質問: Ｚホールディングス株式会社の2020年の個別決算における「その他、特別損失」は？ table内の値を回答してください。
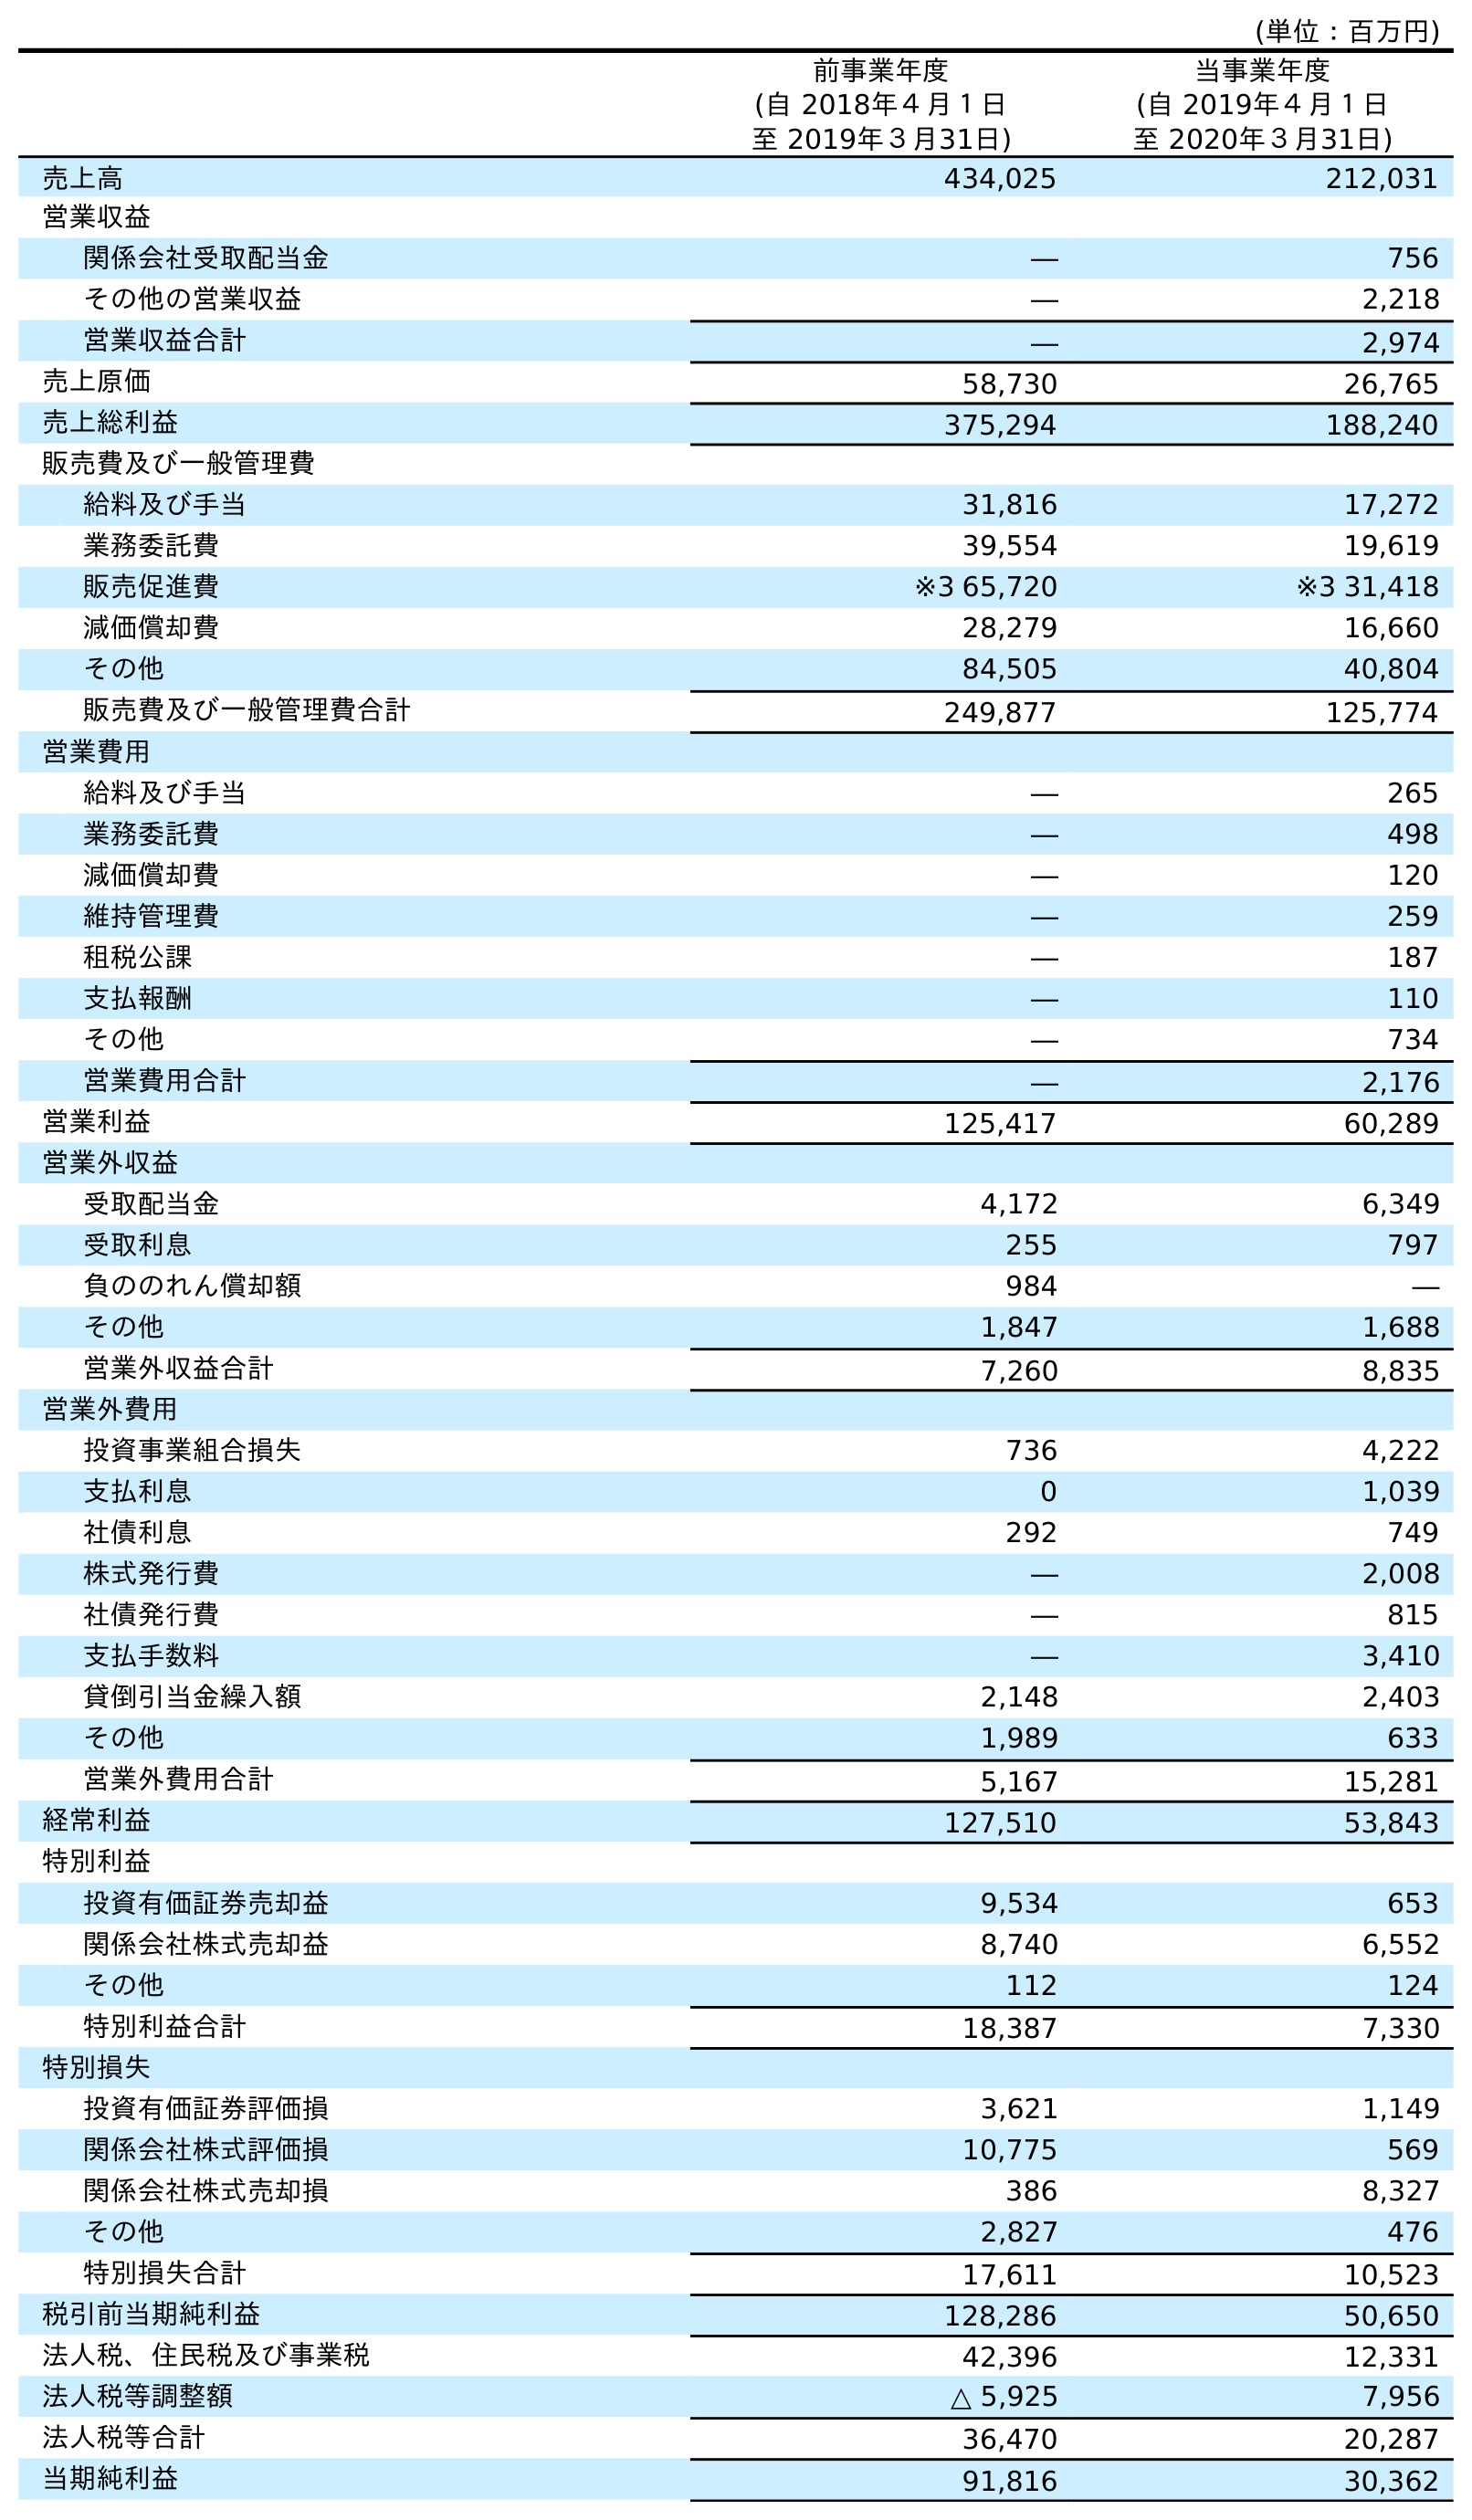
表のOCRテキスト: (単位：百万円) 前事業年度 (自 2018年４月１日 至 2019年３月31日) 当事業年度 (自 2019年４月１日 至 2020年３月31日) 売上高 434,025 212,031 営業収益 関係会社受取配当金 ― 756 その他の営業収益 ― 2,218 営業収益合計 ― 2,974 売上原価 58,730 26,765 売上総利益 375,294 188,240 販売費及び一般管理費 給料及び手当 31,816 17,272 業務委託費 39,554 19,619 販売促進費 ※3 65,720 ※3 31,418 減価償却費 28,279 16,660 その他 84,505 40,804 販売費及び一般管理費合計 249,877 125,774 営業費用 給料及び手当 ― 265 業務委託費 ― 498 減価償却費 ― 120 維持管理費 ― 259 租税公課 ― 187 支払報酬 ― 110 その他 ― 734 営業費用合計 ― 2,176 営業利益 125,417 60,289 営業外収益 受取配当金 4,172 6,349 受取利息 255 797 負ののれん償却額 984 ― その他 1,847 1,688 営業外収益合計 7,260 8,835 営業外費用 投資事業組合損失 736 4,222 支払利息 0 1,039 社債利息 292 749 株式発行費 ― 2,008 社債発行費 ― 815 支払手数料 ― 3,410 貸倒引当金繰入額 2,148 2,403 その他 1,989 633 営業外費用合計 5,167 15,281 経常利益 127,510 53,843 特別利益 投資有価証券売却益 9,534 653 関係会社株式売却益 8,740 6,552 その他 112 124 特別利益合計 18,387 7,330 特別損失 投資有価証券評価損 3,621 1,149 関係会社株式評価損 10,775 569 関係会社株式売却損 386 8,327 その他 2,827 476 特別損失合計 17,611 10,523 税引前当期純利益 128,286 50,650 法人税、住民税及び事業税 42,396 12,331 法人税等調整額 △ 5,925 7,956 法人税等合計 36,470 20,287 当期純利益 91,816 30,362
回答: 476